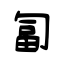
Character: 匐